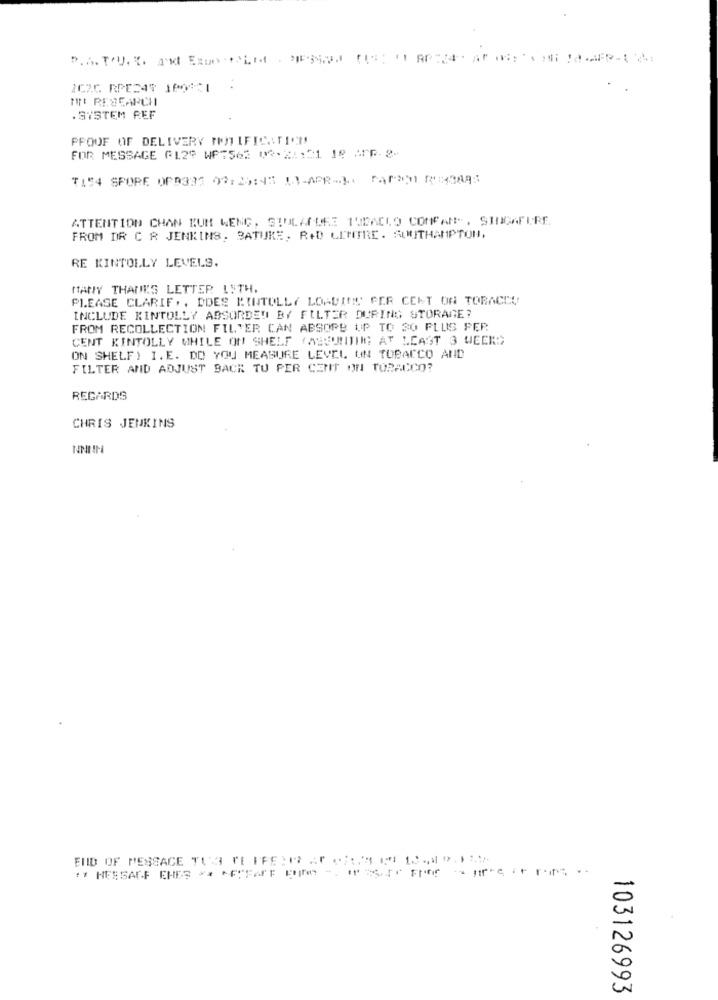
IC25 RPE245 1401 :
TI: RESEARCH
.SYSTEM REF
PROOF OF DELIVERY WHOTIFICATION
FOR MESSAGE (129 WFT562 09.21:31 19 Ap.2-
ATTENTION CHAN KUM WENG. GIULATULEI TURACLO COMFANS, STICATURE.
FROM DR C R JENKINS, SATURE, R+D CENTRE . AUNUTHAMPTON,
RE KINTOLLY LEVELS.
MANY THANKS LETTER ISTH.
PLEASE CLARIF ., DOES PINTOLLY LOADIS PER CENT ON TOBACCO
INCLUDE KINTOLLY ABSORDED BY FILTER DURING STORAGE?
FROM RECOLLECTION FIL'ER CAN ABSORB UP TO 30 PLUS PER
CENT KINTOLLY WHILE ON SHELF (ASSUMING AT LEAST 3 WEERD
ON SHELF) I.E. DO YOU MEASURE LEVEL UN TOBACCO AND
FILTER AND ADJUST BACK TU PER CENT ON TOPACCO?
REGARDS
CHRIS JENKINS
NNNN
END OF MESSACE TUS PE PPELN AT (7: I .D.
** MESSAGE THES ** * PFAFF pure ". ostr For more or ming
103126993